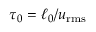
\tau _ { 0 } = \ell _ { 0 } / u _ { \mathrm { r m s } }